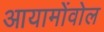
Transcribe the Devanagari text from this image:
आयामोंवोल